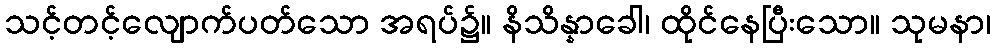
သင့်တင့်လျောက်ပတ်သော အရပ်၌။ နိသိန္နာခေါ၊ ထိုင်နေပြီးသော။ သုမနာ၊